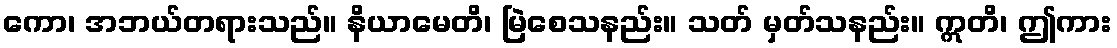
ကော၊ အဘယ်တရားသည်။ နိယာမေတိ၊ မြဲစေသနည်း။ သတ် မှတ်သနည်း။ ဣတိ၊ ဤကား